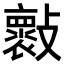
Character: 𣀤